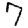
Digit: 7